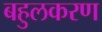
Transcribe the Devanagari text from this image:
बहुलकरण